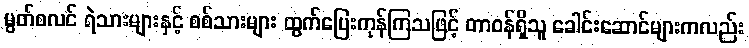
မွတ်စလင် ရဲသားများနှင့် စစ်သားများ ထွက်ပြေးကုန်ကြသဖြင့် တာဝန်ရှိသူ ခေါင်းဆောင်များကလည်း